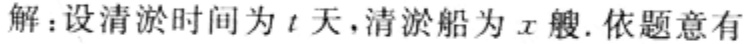
解：设清淤时间为\(t\)天，清淤船为\(x\)艘. 依题意有